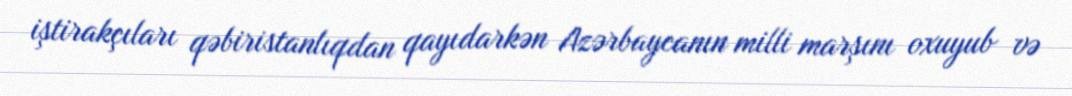
iştirakçıları qəbiristanlıqdan qayıdarkən Azərbaycanın milli marşını oxuyub və